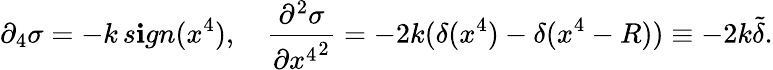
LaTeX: \partial_{4}\sigma=-k\, s\mathbf{i}gn(x^{4}),\quad\frac{{\partial^{2}\sigma}}{{\partial{x^{4}}^{2}}}=-2k(\delta(x^{4})-\delta(x^{4}-R))\equiv-2k\tilde{{\delta}}.